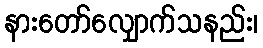
နားတော်လျှောက်သနည်း၊